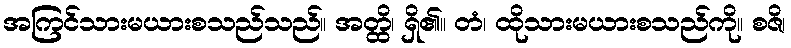
အကြင်သားမယားစသည်သည်။ အတ္ထိ၊ ရှိ၏။ တံ၊ ထိုသားမယားစသည်ကို။ စဇိ၊